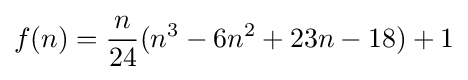
f(n)={\frac {n}{24}}(n^{3}-6n^{2}+23n-18)+1